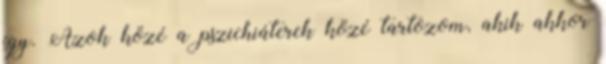
így. Azok közé a pszichiáterek közé tartozom, akik akkor